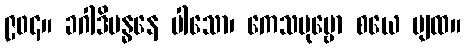
၉၀၄။ ခဂါဒိဗန္ဓနေ ပါသော၊ ကေသပုဗ္ဗော စယေ ပျထ။